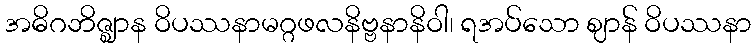
အဓိဂဘိဇ္ဈာန ဝိပဿနာမဂ္ဂဖလနိဗ္ဗနာနိဝါ၊ ရအပ်သော ဈာန် ဝိပဿနာ